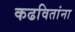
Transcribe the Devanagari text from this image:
कढवितांना